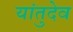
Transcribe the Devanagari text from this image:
यांतुदेव